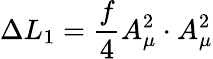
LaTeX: \Delta L_{1}=\frac{f}{4}A_{\mu}^{2}\cdot A_{\mu}^{2}